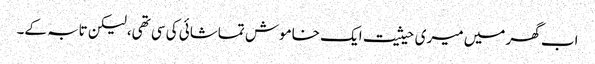
اب گھر میں میری حیثیت ایک خاموش تماشائی کی سی تھی،لیکن تابہ کے۔